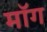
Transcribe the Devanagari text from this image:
माॅग